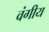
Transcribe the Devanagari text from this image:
वंगीय